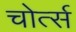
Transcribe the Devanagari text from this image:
चोर्त्स